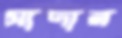
সাদার